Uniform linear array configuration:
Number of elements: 4
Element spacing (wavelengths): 0.5
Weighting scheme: exponential
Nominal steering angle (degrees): -60
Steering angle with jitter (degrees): -59.841
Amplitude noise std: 0.05
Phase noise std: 0.05

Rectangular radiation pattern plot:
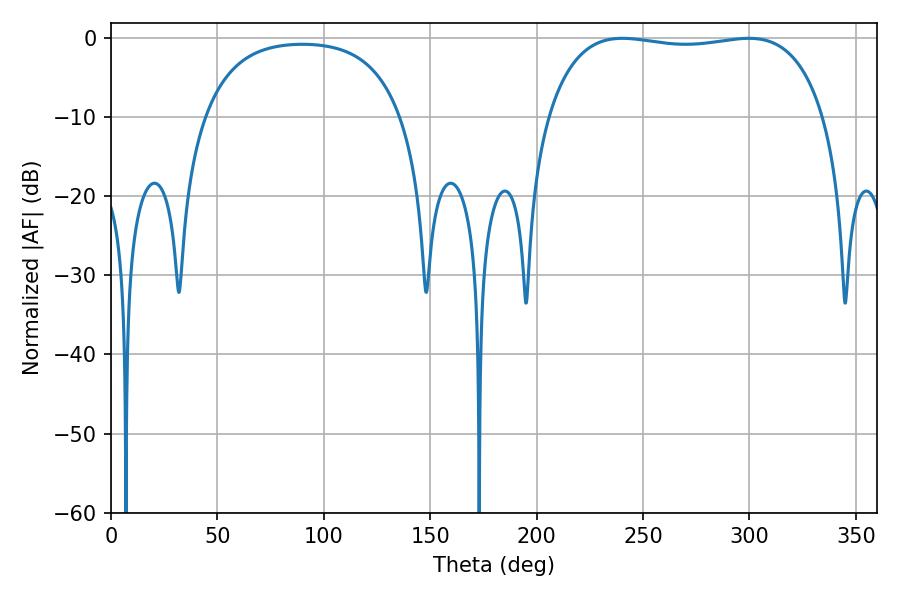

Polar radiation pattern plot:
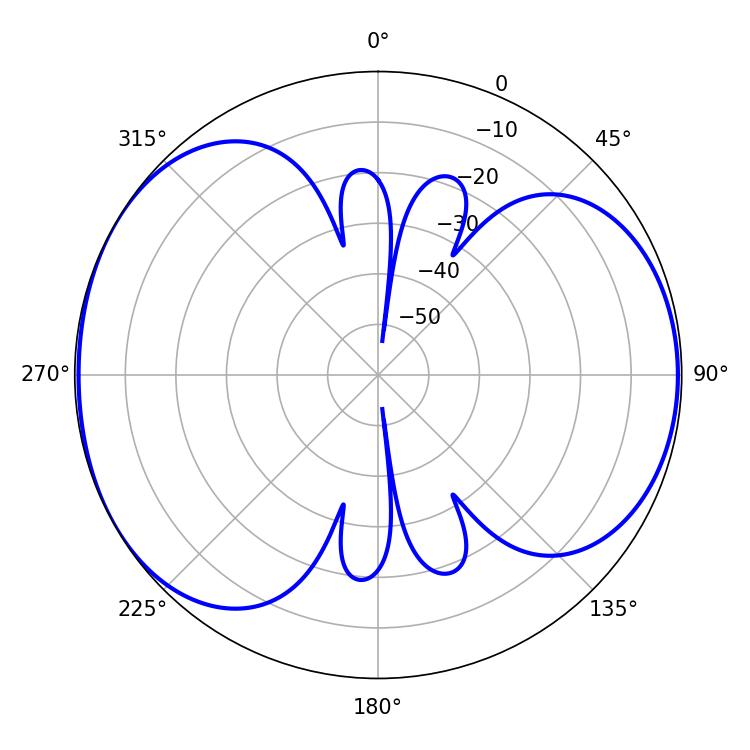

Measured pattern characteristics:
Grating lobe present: FALSE
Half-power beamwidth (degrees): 104.4
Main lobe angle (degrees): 240.3